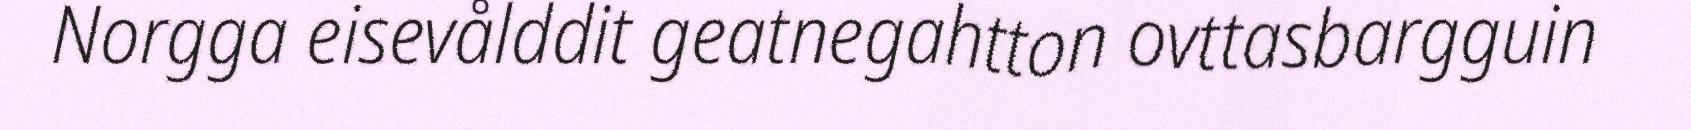
Norgga eisevålddit geatnegahtton ovttasbargguin